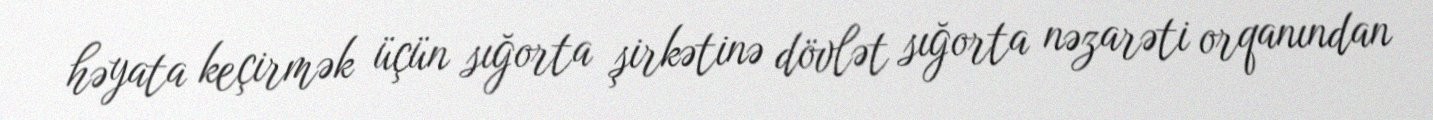
həyata keçirmək üçün sığorta şirkətinə dövlət sığorta nəzarəti orqanından